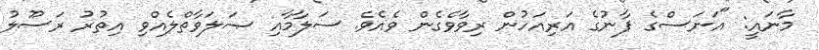
މާނައީ: "އަނަސްގެ ފާނުގެ އަރިއަހުން ރިވާވެގެން ވެއެވެ. ސަލާމާއި ޞަލަވާތްލެއްވި އިތުރު ރަސޫލު